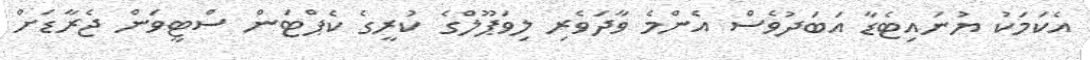
އެކަމަކު ޔުނައިޓެޑާ އަބަދުވެސް އެންމެ ވާދަވެރި ލިވަޕޫލްގެ ކުރީގެ ކެޕްޓަން ސްޓީވަން ޖެރާޑަށް